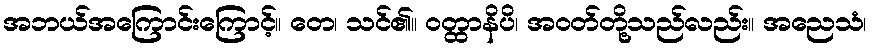
အဘယ်အကြောင်းကြောင့်။ တေ၊ သင်၏။ ဝတ္ထာနိပိ၊ အဝတ်တို့သည်လည်း။ အညေသံ၊